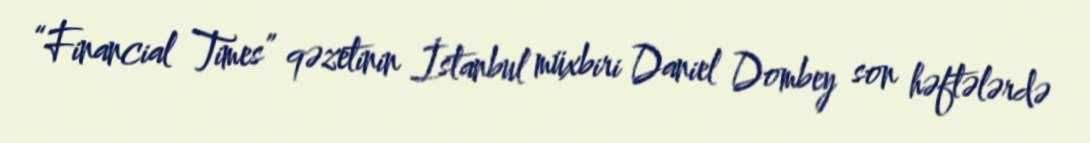
“Financial Times” qəzetinin İstanbul müxbiri Daniel Dombey son həftələrdə